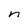
Character: n